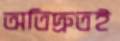
অতিদ্রুতই